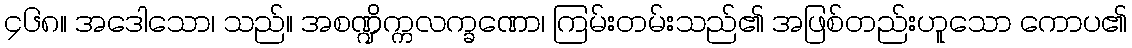
၄၆၈။ အဒေါသော၊ သည်။ အစဏ္ဍိက္ကလက္ခဏော၊ ကြမ်းတမ်းသည်၏ အဖြစ်တည်းဟူသော ကောပ၏